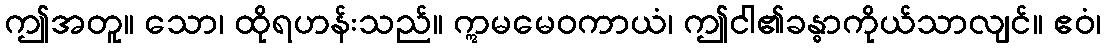
ဤအတူ။ သော၊ ထိုရဟန်းသည်။ ဣမမေဝကာယံ၊ ဤငါ၏ခန္ဓာကိုယ်သာလျင်။ ဧဝံ၊